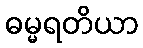
ဓမ္မရတိယာ